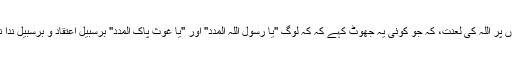
بلکل جھوٹوں پر اللہ کی لعنت، کہ جو کوئی یہ جھوٹ کہے کہ کہ لوگ ''یا رسول اللہ المدد'' اور ''یا غوث پاک المدد'' برسبیل اعتقاد و برسبیل ندا نہیں کرتے!